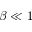
\beta \ll 1